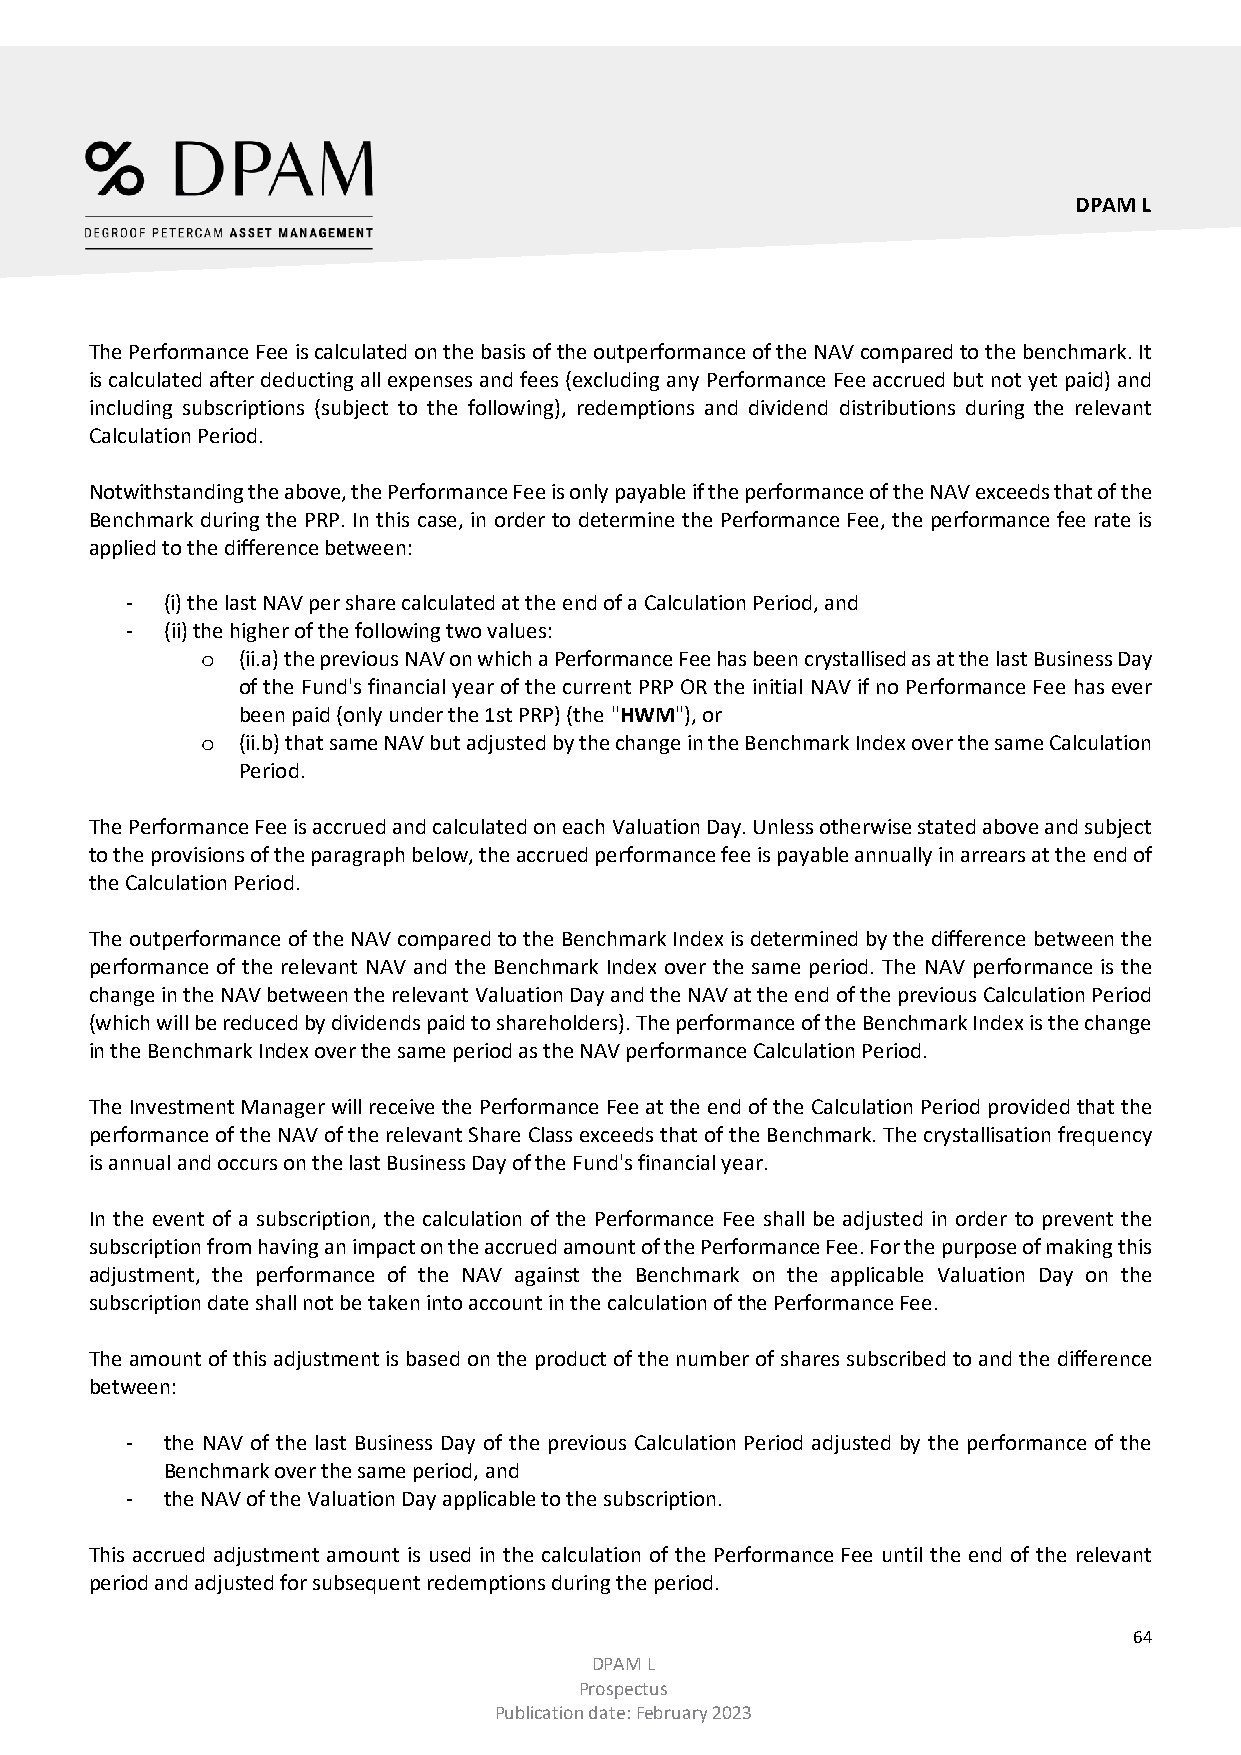
DPAM L
 The Performance Fee is calculated on the basis of the outperformance of the NAV compared to the benchmark. It
 is calculated after deducting all expenses and fees (excluding any Performance Fee accrued but not yet paid) and
 including subscriptions (subject to the following), redemptions and dividend distributions during the relevant
 Calculation Period.
 Notwithstanding the above, the Performance Fee is only payable if the performance of the NAV exceeds that of the
 Benchmark during the PRP. In this case, in order to determine the Performance Fee, the performance fee rate is
 applied to the difference between:
 -  (i) the last NAV per share calculated at the end of a Calculation Period, and
 -  (ii) the higher of the following two values:
 (ii.a) the previous NAV on which a Performance Fee has been crystallised as at the last Business Day
 o
 of the Fund's financial year of the current PRP OR the initial NAV if no Performance Fee has ever
 been paid (only under the 1st PRP) (the "HWM"), or
 (ii.b) that same NAV but adjusted by the change in the Benchmark Index over the same Calculation
 o
 Period.
 The Performance Fee is accrued and calculated on each Valuation Day. Unless otherwise stated above and subject
 to the provisions of the paragraph below, the accrued performance fee is payable annually in arrears at the end of
 the Calculation Period.
 The outperformance of the NAV compared to the Benchmark Index is determined by the difference between the
 performance of the relevant NAV and the Benchmark Index over the same period. The NAV performance is the
 change in the NAV between the relevant Valuation Day and the NAV at the end of the previous Calculation Period
 (which will be reduced by dividends paid to shareholders). The performance of the Benchmark Index is the change
 in the Benchmark Index over the same period as the NAV performance Calculation Period.
 The Investment Manager will receive the Performance Fee at the end of the Calculation Period provided that the
 performance of the NAV of the relevant Share Class exceeds that of the Benchmark. The crystallisation frequency
 is annual and occurs on the last Business Day of the Fund's financial year.
 In the event of a subscription, the calculation of the Performance Fee shall be adjusted in order to prevent the
 subscription from having an impact on the accrued amount of the Performance Fee. For the purpose of making this
 adjustment, the performance of the NAV against the Benchmark on the applicable Valuation Day on the
 subscription date shall not be taken into account in the calculation of the Performance Fee.
 The amount of this adjustment is based on the product of the number of shares subscribed to and the difference
 between:
 -  the NAV of the last Business Day of the previous Calculation Period adjusted by the performance of the
 Benchmark over the same period, and
 -  the NAV of the Valuation Day applicable to the subscription.
 This accrued adjustment amount is used in the calculation of the Performance Fee until the end of the relevant
 period and adjusted for subsequent redemptions during the period.
 64
 DPAM L
 Prospectus
 Publication date: February 2023